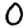
Digit: 0